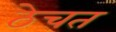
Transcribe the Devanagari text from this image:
ठेचत